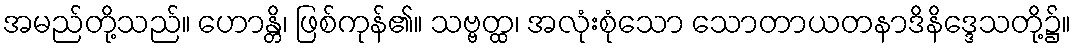
အမည်တို့သည်။ ဟောန္တိ၊ ဖြစ်ကုန်၏။ သဗ္ဗတ္ထ၊ အလုံးစုံသော သောတာယတနာဒိနိဒ္ဒေသတို့၌။